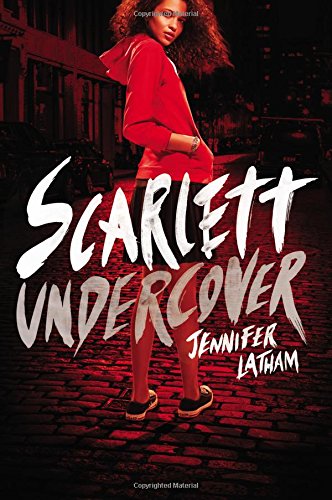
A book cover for Scarlett Undercover; Jennifer Latham; Teen & Young Adult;